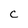
Character: c